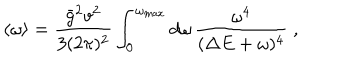
\langle \omega \rangle = \frac { \bar { g } ^ { 2 } v ^ { 2 } } { 3 ( 2 \pi ) ^ { 2 } } \int _ { 0 } ^ { \omega _ { \mathrm { m a x } } } d \omega \, \frac { \omega ^ { 4 } } { ( \Delta E + \omega ) ^ { 4 } } \; ,